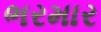
ભરમાર